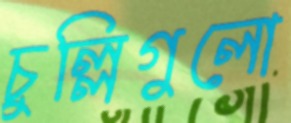
চুল্লিগুলো